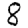
Digit: 8